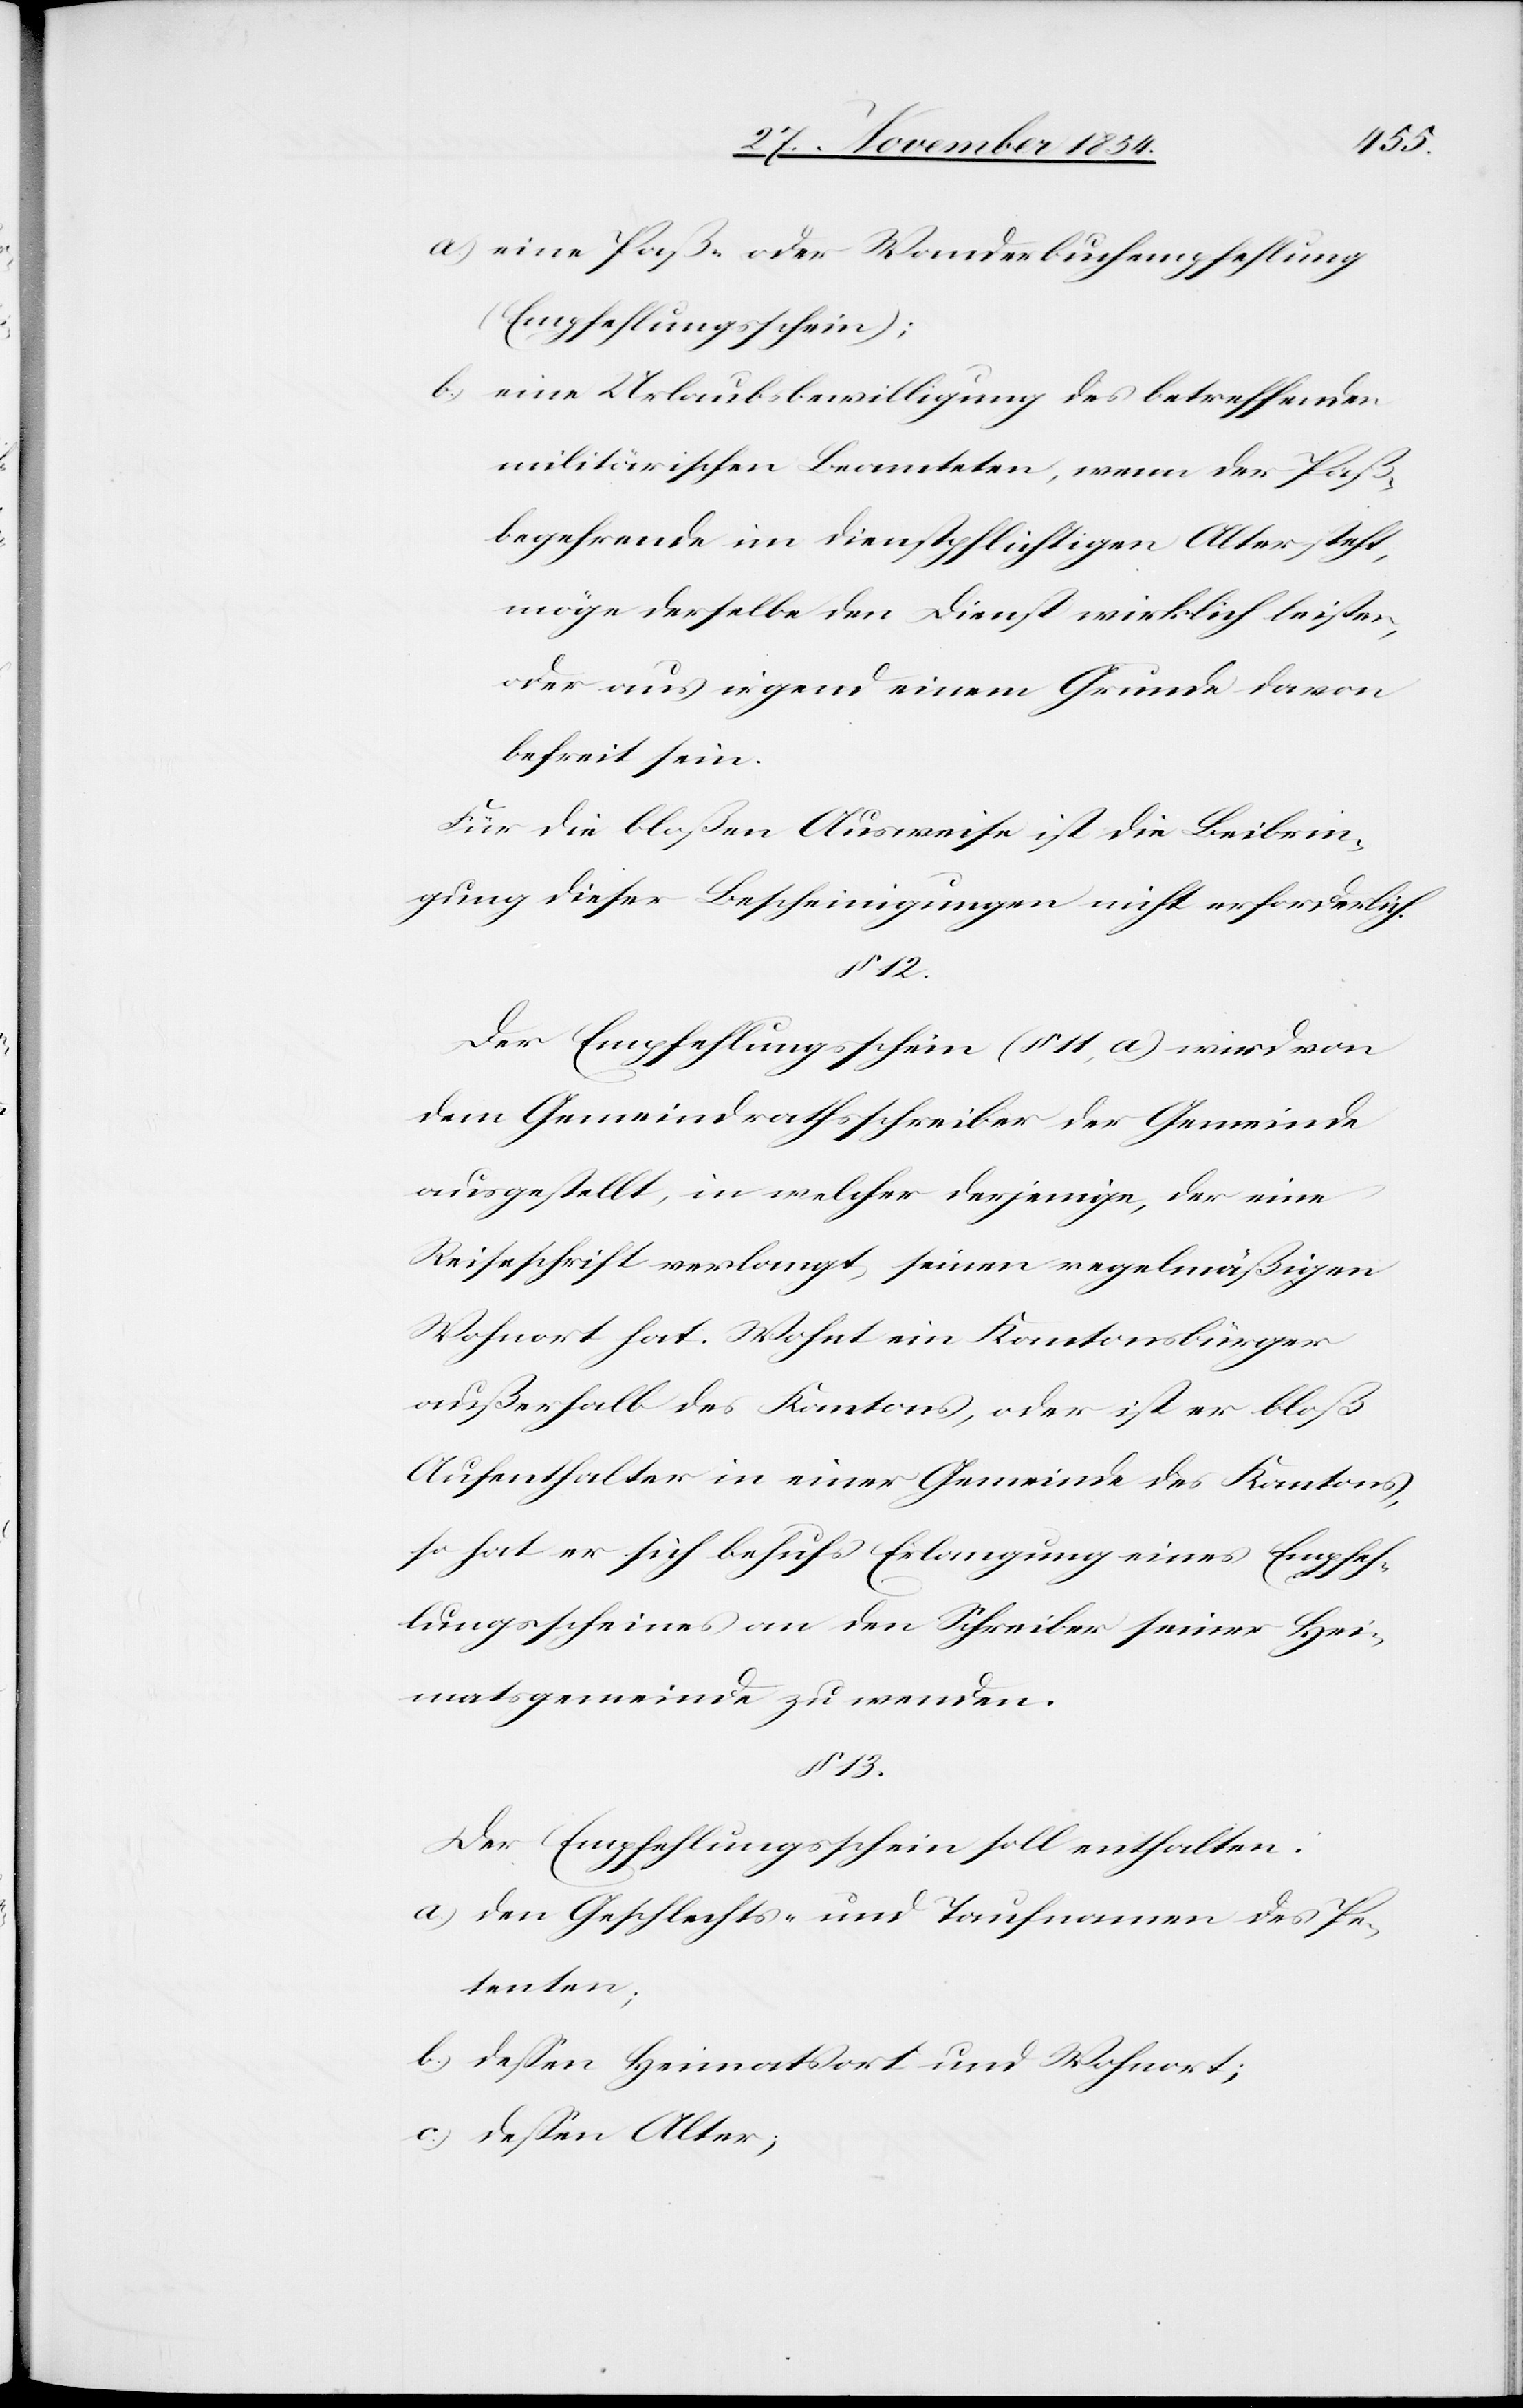
a.) eine Paß- oder Wanderbuchempfehlung
(Empfehlungsschein);
b.) eine Urlaubsbewilligung des betreffenden
militärischen Beamteten, wenn der Paß¬
begehrende im dienstpflichtigen Alter steht,
möge derselbe den Dienst wirklich leisten
oder aus irgend einem Grunde davon
befreit sein.
Für die bloßen Ausweise ist die Beibrin¬
gung dieser Bescheinigungen nicht erforderlich.
§ 12.
Der Empfehlungsschein (§ 11, a) wird von
dem Gemeindrathsschreiber der Gemeinde
ausgestellt, in welcher derjenige, der eine
Reiseschrift verlangt, seinen regelmäßigen
Wohnort hat. Wohnt ein Kantonsbürger
außerhalb des Kantons, oder ist er bloß
Aufenthalter in einer Gemeinde des Kantons,
so hat er sich behufs Erlangung eines Empfeh¬
lungsscheines an den Schreiber seiner Hei¬
matsgemeinde zu wenden.
§ 13.
Der Empfehlungsschein soll enthalten:
a.) den Geschlechts- und Taufnamen des Pe¬
tenten;
b.) deßen Heimatsort und Wohnort;
c.) deßen Alter;